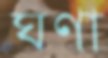
ঘণা